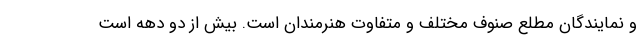
و نمایندگان مطلع صنوف مختلف و متفاوت هنرمندان است. بیش از دو دهه است